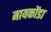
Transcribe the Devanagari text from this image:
मायकोंडा